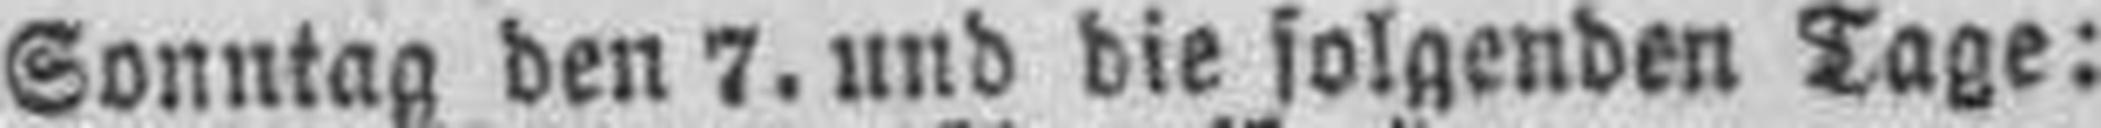
Sonntag den 7. und die folgenden Tage: